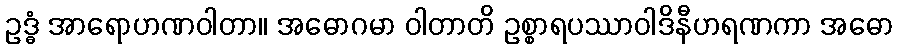
ဥဒ္ဓံ အာရောဟဏဝါတာ။ အဓောဂမာ ဝါတာတိ ဥစ္စာရပဿာဝါဒိနီဟရဏကာ အဓော